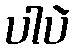
ပါပဲ